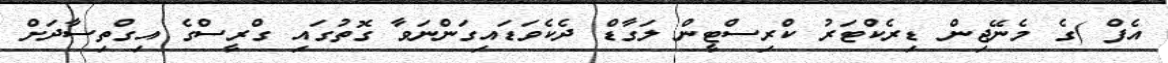
އެފް )ގެ މެނޭޖިން ޑިރެކްޓަރު ކްރިސްޓީން ލަގާޑް ދެކެވަޑައިގަންނަވާ ގޮތުގައި ގްރީސްގެ އިގްތިސާދަށް